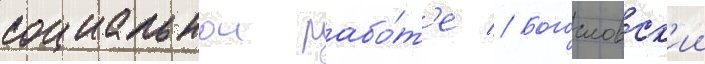
социальнои рабо́т'е // Богословск'ии